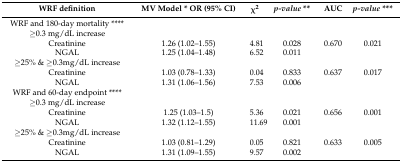
| WRF definition | MV Model * OR (95% CI) | χ2 | p-value ** | AUC | p-value *** |
 | --- | --- | --- | --- | --- | --- |
 | WRF and 180-day mortality **** |  |  |  |  |  |
 | ≥0.3 mg/dL increase |  |  |  |  |  |
 | Creatinine | 1.26 (1.02–1.55) | 4.81 | 0.028 | 0.670 | 0.021 |
 | NGAL | 1.25 (1.04–1.48) | 6.52 | 0.011 |  |  |
 | ≥25% & ≥0.3mg/dL increase |  |  |  |  |  |
 | Creatinine | 1.03 (0.78–1.33) | 0.04 | 0.833 | 0.637 | 0.017 |
 | NGAL | 1.31 (1.06–1.56) | 7.53 | 0.006 |  |  |
 | WRF and 60-day endpoint **** |  |  |  |  |  |
 | ≥0.3 mg/dL increase |  |  |  |  |  |
 | Creatinine | 1.25 (1.03–1.5) | 5.36 | 0.021 | 0.656 | 0.001 |
 | NGAL | 1.32 (1.12–1.55) | 11.69 | 0.001 |  |  |
 | ≥25% & ≥0.3mg/dL increase |  |  |  |  |  |
 | Creatinine | 1.03 (0.81–1.29) | 0.05 | 0.821 | 0.633 | 0.005 |
 | NGAL | 1.31 (1.09–1.55) | 9.57 | 0.002 |  |  |